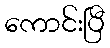
ကောင်းပြီ